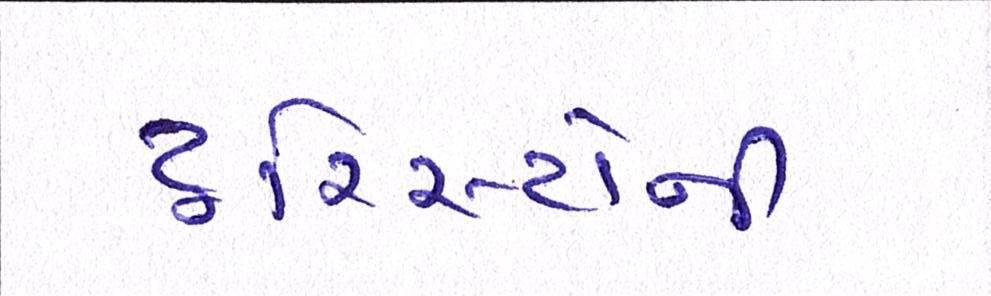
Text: ટૂરિસ્ટોની